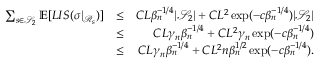
\begin{array} { r l r } { \sum _ { s \in \mathcal { S } _ { 2 } } \mathbb { E } [ L I S ( \sigma | _ { \mathcal { R } _ { s } } ) ] } & { \leq } & { C L \beta _ { n } ^ { - 1 \slash 4 } | \mathcal { S } _ { 2 } | + C L ^ { 2 } \exp ( - c \beta _ { n } ^ { - 1 \slash 4 } ) | \mathcal { S } _ { 2 } | } \\ & { \leq } & { C L \gamma _ { n } \beta _ { n } ^ { - 1 \slash 4 } + C L ^ { 2 } \gamma _ { n } \exp ( - c \beta _ { n } ^ { - 1 \slash 4 } ) } \\ & { \leq } & { C L \gamma _ { n } \beta _ { n } ^ { - 1 \slash 4 } + C L ^ { 2 } n \beta _ { n } ^ { 1 \slash 2 } \exp ( - c \beta _ { n } ^ { - 1 \slash 4 } ) . } \end{array}